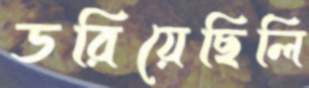
ডরিয়েছিলি